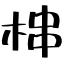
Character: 梙